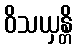
ဝိသယှန္တိ